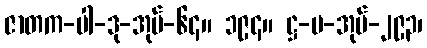
ဇာတက-ပါ-ဒု-အုပ်-၆၄။ ၁၉၄။ ဋ္ဌ-မ-အုပ်-၂၉၃၊